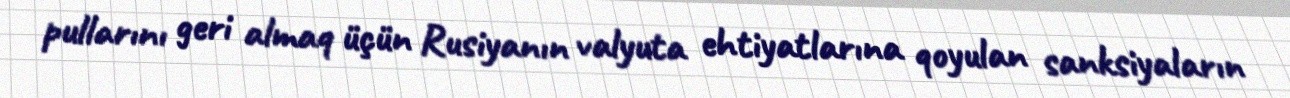
pullarını geri almaq üçün Rusiyanın valyuta ehtiyatlarına qoyulan sanksiyaların